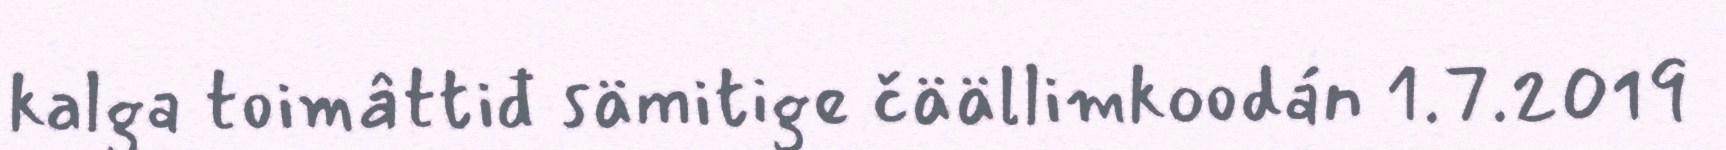
kalga toimâttiđ sämitige čäällimkoodán 1.7.2019